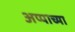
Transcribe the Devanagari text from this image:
अप्पाच्या